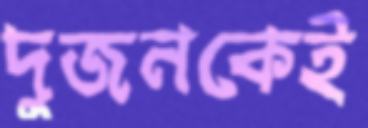
দুজনকেই